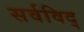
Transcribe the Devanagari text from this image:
सर्वविद्